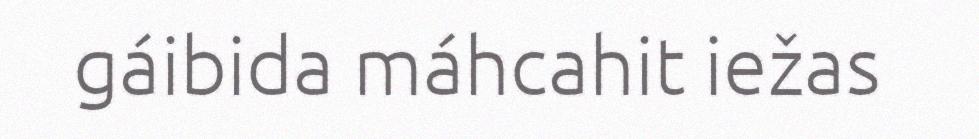
gáibida máhcahit iežas